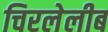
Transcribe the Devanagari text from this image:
चिरलेलीब